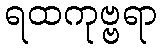
ရထကုဗ္ဗရာ